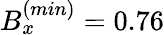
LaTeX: B_{x}^{(min)}=0.76